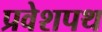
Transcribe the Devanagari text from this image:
प्रवेशपथ